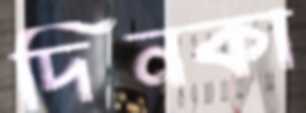
দিনকা